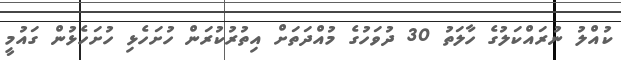
ކުއްލު ނުރައްކަލުގެ ހާލަތު 30 ދުވަހުގެ މުއްދަތަށް އިތުރުކުރަން ހުށަހެޅި ހުށަހެޅުން ގައުމީ